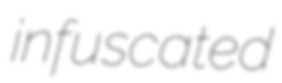
infuscated